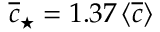
\overline { { c } } _ { \star } = 1 . 3 7 \, \langle \overline { { c } } \rangle